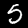
Label: 5